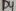
Text: D4